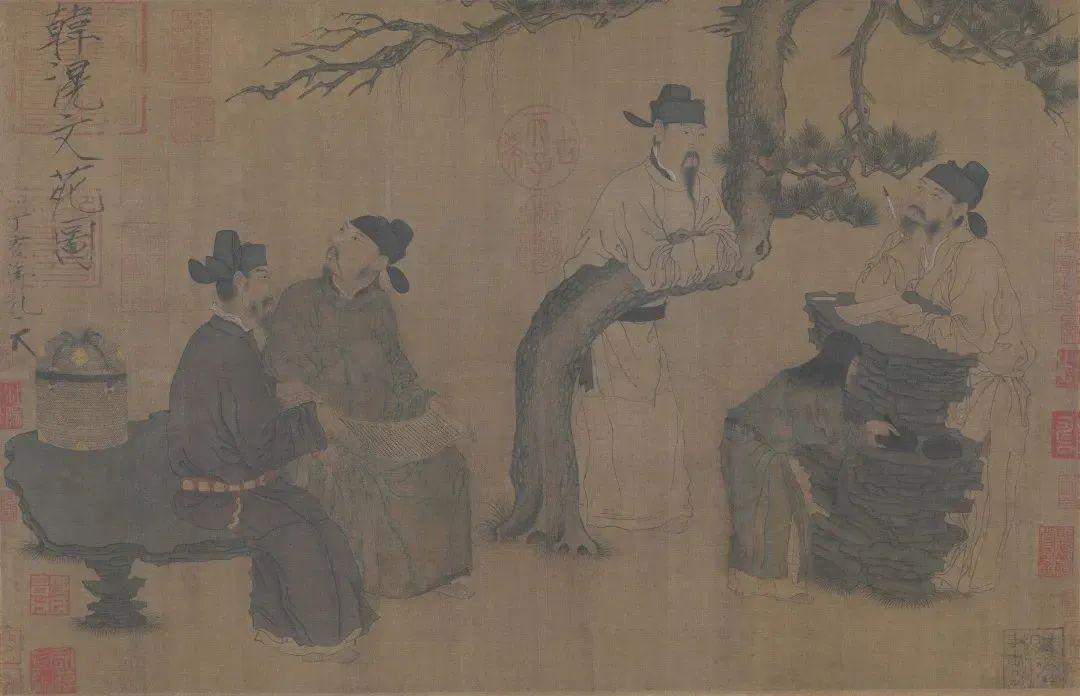
友者所以相有也。道不同，何以相有也？